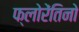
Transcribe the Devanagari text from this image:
फ्लोरेंतिनो